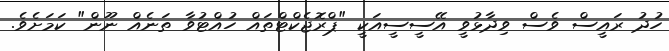
ހުދު ރައީސް ވެސް ވިދާޅުވީ އޭސީސީއަކީ "ޕްރޮޖެކްޓްތައް ހުއްޓުވާ ތަނެއް ނޫން" ކަމަށެވެ.